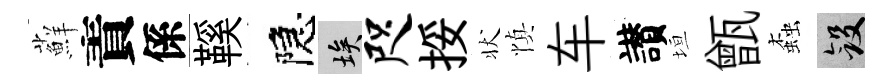
蘚責係鞵隠埃咫挼状慎车讃垣甑螙斂